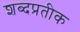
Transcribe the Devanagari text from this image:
शब्दप्रतीक